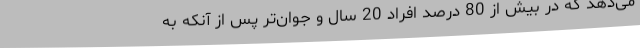
می‌دهد که در بیش از 80 درصد افراد 20 سال و جوان‌تر پس از آنکه به